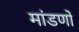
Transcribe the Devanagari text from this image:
मांडणों